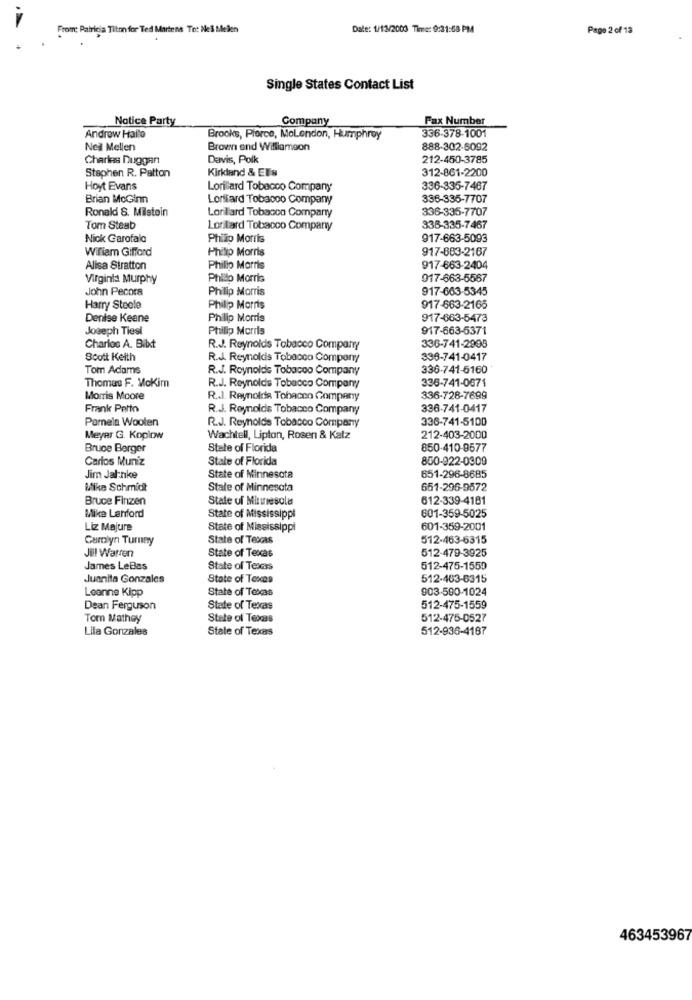
From: Patricia Titon for Ted Martens To: Nel bellen
Date: 1/13/2003 Time: 9:31:58 PM
Page 2 of 13
Single States Contact List
Notice Party
Company
Fax Number
336-378-1001
Androw Hallo
Brooks, Pierce, Molendon, Humphrey
Nel Mellen
Brown end Williamson
888-302-6092
Charles Duggan
Davis, Polk
212-450-3785
Stephen R. Patton
Kirkland & Eli's
312-861-2200
Hoyt Evans
Lorillard Tobacco Company
336-335-7467
Brian McGin
Lonitard Tobacco Company
336-335-7707
Ronald S. Milstein
Lonillard Tobacco Company
336-335-7707
Tom Steab
Lonitard Tobacco Company
338-335-7467
Nick Garofalo
Philip Morris
917-663-5093
Wiliam Gifford
Philip Morris
917-683-2167
Alisa Stratton
Philip Morris
917-663-2404
Virginia Murphy
Phillo Morris
017-663-5567
John Pecora
Philip Morris
917-663-5345
Harry Steele
Phillip Morris
917-663-2165
Denise Keane
Philip Morris
917-663-5473
Joseph Tiesl
Philip Morris
917-663-5371
336-741-2998
Charloc A. Bilxt
R.J. Reynolds Tobacco Company
Scott Keith
R.J. Reynolds Tobacco Company
396-741-0417
Tom Adams
R.J. Reynolds Tobacco Company
336-741-5160
Thomas F. Mokim
336-741-0671
R.J. Reynolds Tobacco Company
Morris Moore
R.J. Reynolds Tobacco Company
336-728-7699
Frank Petto
R.J. Reynolds Tobacco Company
336-741-0417
Pamela Woolen
336-741-5100
R.J. Reynolds Tobacco Company
Meyer G. Koplow
Wachtell, Lipton, Rosen & Katz
212-403-2000
Bruce Berger
State of Florida
850-410-9577
Carlos Muniz
State of Florida
850-922-0309
Jim Jahnke
State of Minnesota
651-296-8685
Mike Schmidt
State of Minnesota
651-296-9572
Bruce Finzen
State of Minnesola
612-339-4181
Mike Lehford
State of Mississippi
601-359-5025
Liz Majure
State of Mississippi
601-359-2001
Carolyn Turnny
State of Texas
512-463-6315
Jill Warren
512-479-3925
State of Texas
James LeBas
State of Texas
512-475-1550
Juanita Gonzales
State of Texas
512-463-6315
Leanne Kipp
State of Texas
903-590-1024
Dean Ferguson
State of Texas
512-475-1559
Tom Mathey
State of Texas
512-475-0527
Lila Gonzales
State of Texas
512-936-4187
463453967